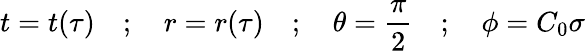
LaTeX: t=t(\tau)\quad;\quad r=r(\tau)\quad;\quad\theta=\frac{\pi}{2}\quad;\quad\phi=C_{0}\sigma